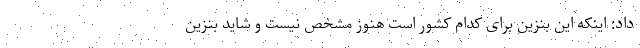
داد: اینکه این بنزین برای کدام کشور است هنوز مشخص نیست و شاید بنزین